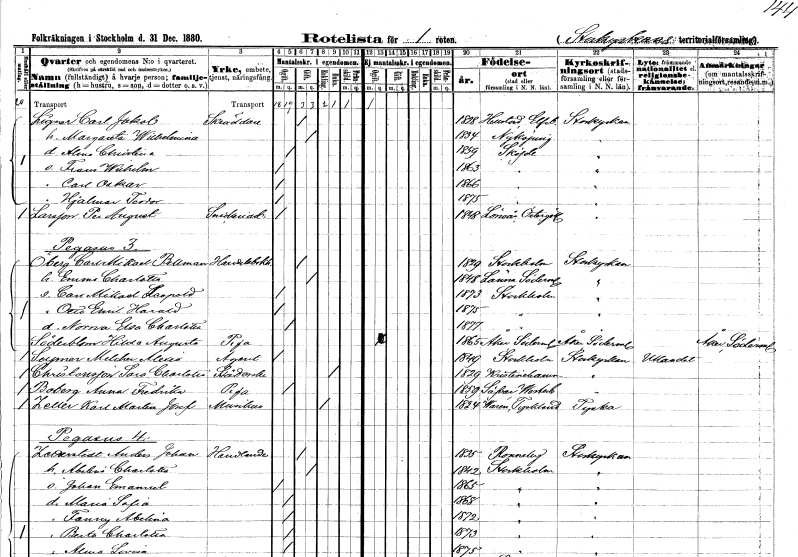
gt_parse: households: individuals: FN: Carl Jakob
EN: Ligner
YRKE: Skräddare
KON: M
CIV: G
FODAR: 1828
FODFORS: Hällstad Älvsborgs län
FN: Margareta Wilhelmina
KON: K
CIV: G
FODAR: 1834
FODFORS: Nyköping Södermanlands län
FN: Alma Christina
KON: K
CIV: O
FODAR: 1859
FODFORS: Skövde Skaraborgs län
FN: Frans Wilhelm
KON: M
CIV: O
FODAR: 1863
FODFORS: Skövde Skaraborgs län
FN: Carl Oskar
KON: M
CIV: O
FODAR: 1866
FODFORS: Skövde Skaraborgs län
FN: Hjalmar Teodor
KON: M
CIV: O
FODAR: 1875
FODFORS: Skövde Skaraborgs län
FN: Per August
EN: Larsson
YRKE: Snickeriarbetare
KON: M
CIV: O
FODAR: 1848
FODFORS: Lönsås Östergötlands län
FN: Carl Mikael
EN: Öberg Bellman
YRKE: Handelsbokhållare
KON: M
CIV: G
FODAR: 1829
FODFORS: Stockholm
FN: Emma Charlotta
KON: K
CIV: G
FODAR: 1848
FODFORS: Länna Södermanlands län
FN: Carl Mikael Leopold
KON: M
CIV: O
FODAR: 1873
FODFORS: Stockholm
FN: Otto Emil Harald
KON: M
CIV: O
FODAR: 1875
FODFORS: Stockholm
FN: Norma Elsa Charlotta
KON: K
CIV: O
FODAR: 1877
FODFORS: Stockholm
FN: Hilda Augusta
EN: Söderblom
YRKE: Piga
KON: K
CIV: O
FODAR: 1865
FODFORS: Åker Södermanlands län
FN: Melcher Alexis
EN: Solsman
YRKE: Agent
KON: M
CIV: O
FODAR: 1849
FODFORS: Stockholm
FN: Sara Charlotta
EN: Christensson
YRKE: Städerska
KON: K
CIV: E
FODAR: 1829
FODFORS: Kristinehamn Värmlands län
FN: Anna Fredrika
EN: Boberg
YRKE: Piga
KON: K
CIV: O
FODAR: 1859
FODFORS: Sävar Västerbottens län
FN: Karl Martin Josef
EN: Zeller
YRKE: Musiker
KON: M
CIV: E
FODAR: 1824
FN: Anders Johan
EN: Zetterstedt
YRKE: Handlande
KON: M
CIV: G
FODAR: 1835
FODFORS: Ronneby Blekinge län
FN: Abelina Charlotta
KON: K
CIV: G
FODAR: 1842
FODFORS: Stockholm
FN: Johan Emanuel
KON: M
CIV: O
FODAR: 1865
FODFORS: Stockholm